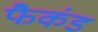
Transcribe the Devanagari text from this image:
फैकंड